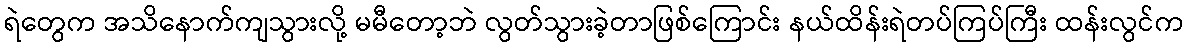
ရဲတွေက အသိနောက်ကျသွားလို့ မမီတော့ဘဲ လွတ်သွားခဲ့တာဖြစ်ကြောင်း နယ်ထိန်းရဲတပ်ကြပ်ကြီး ထန်းလွင်က